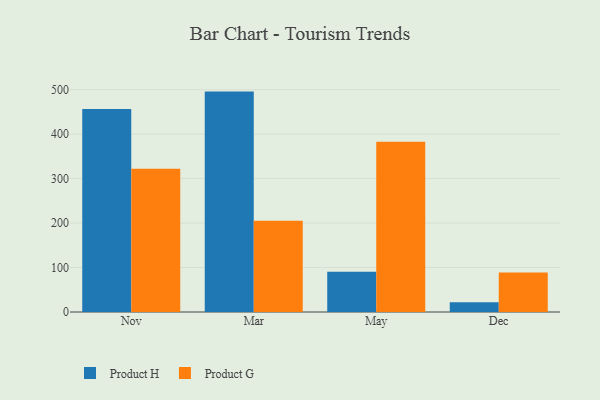
{"axis": {"x": "Month", "y": "Headcount"}, "legend": ["Product G", "Product H"], "data": [{"x": "Nov", "y": 456.3, "type": "Product H"}, {"x": "Nov", "y": 322.1, "type": "Product G"}, {"x": "Mar", "y": 495.6, "type": "Product H"}, {"x": "Mar", "y": 205.4, "type": "Product G"}, {"x": "May", "y": 90.4, "type": "Product H"}, {"x": "May", "y": 382.9, "type": "Product G"}, {"x": "Dec", "y": 21.8, "type": "Product H"}, {"x": "Dec", "y": 88.7, "type": "Product G"}]}